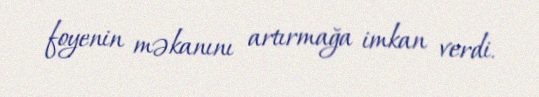
foyenin məkanını artırmağa imkan verdi.